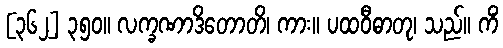
[၃၆၂] ၃၅၀။ လက္ခဏာဒိတောတိ၊ ကား။ ပထဝီဓာတု၊ သည်။ ကိံ